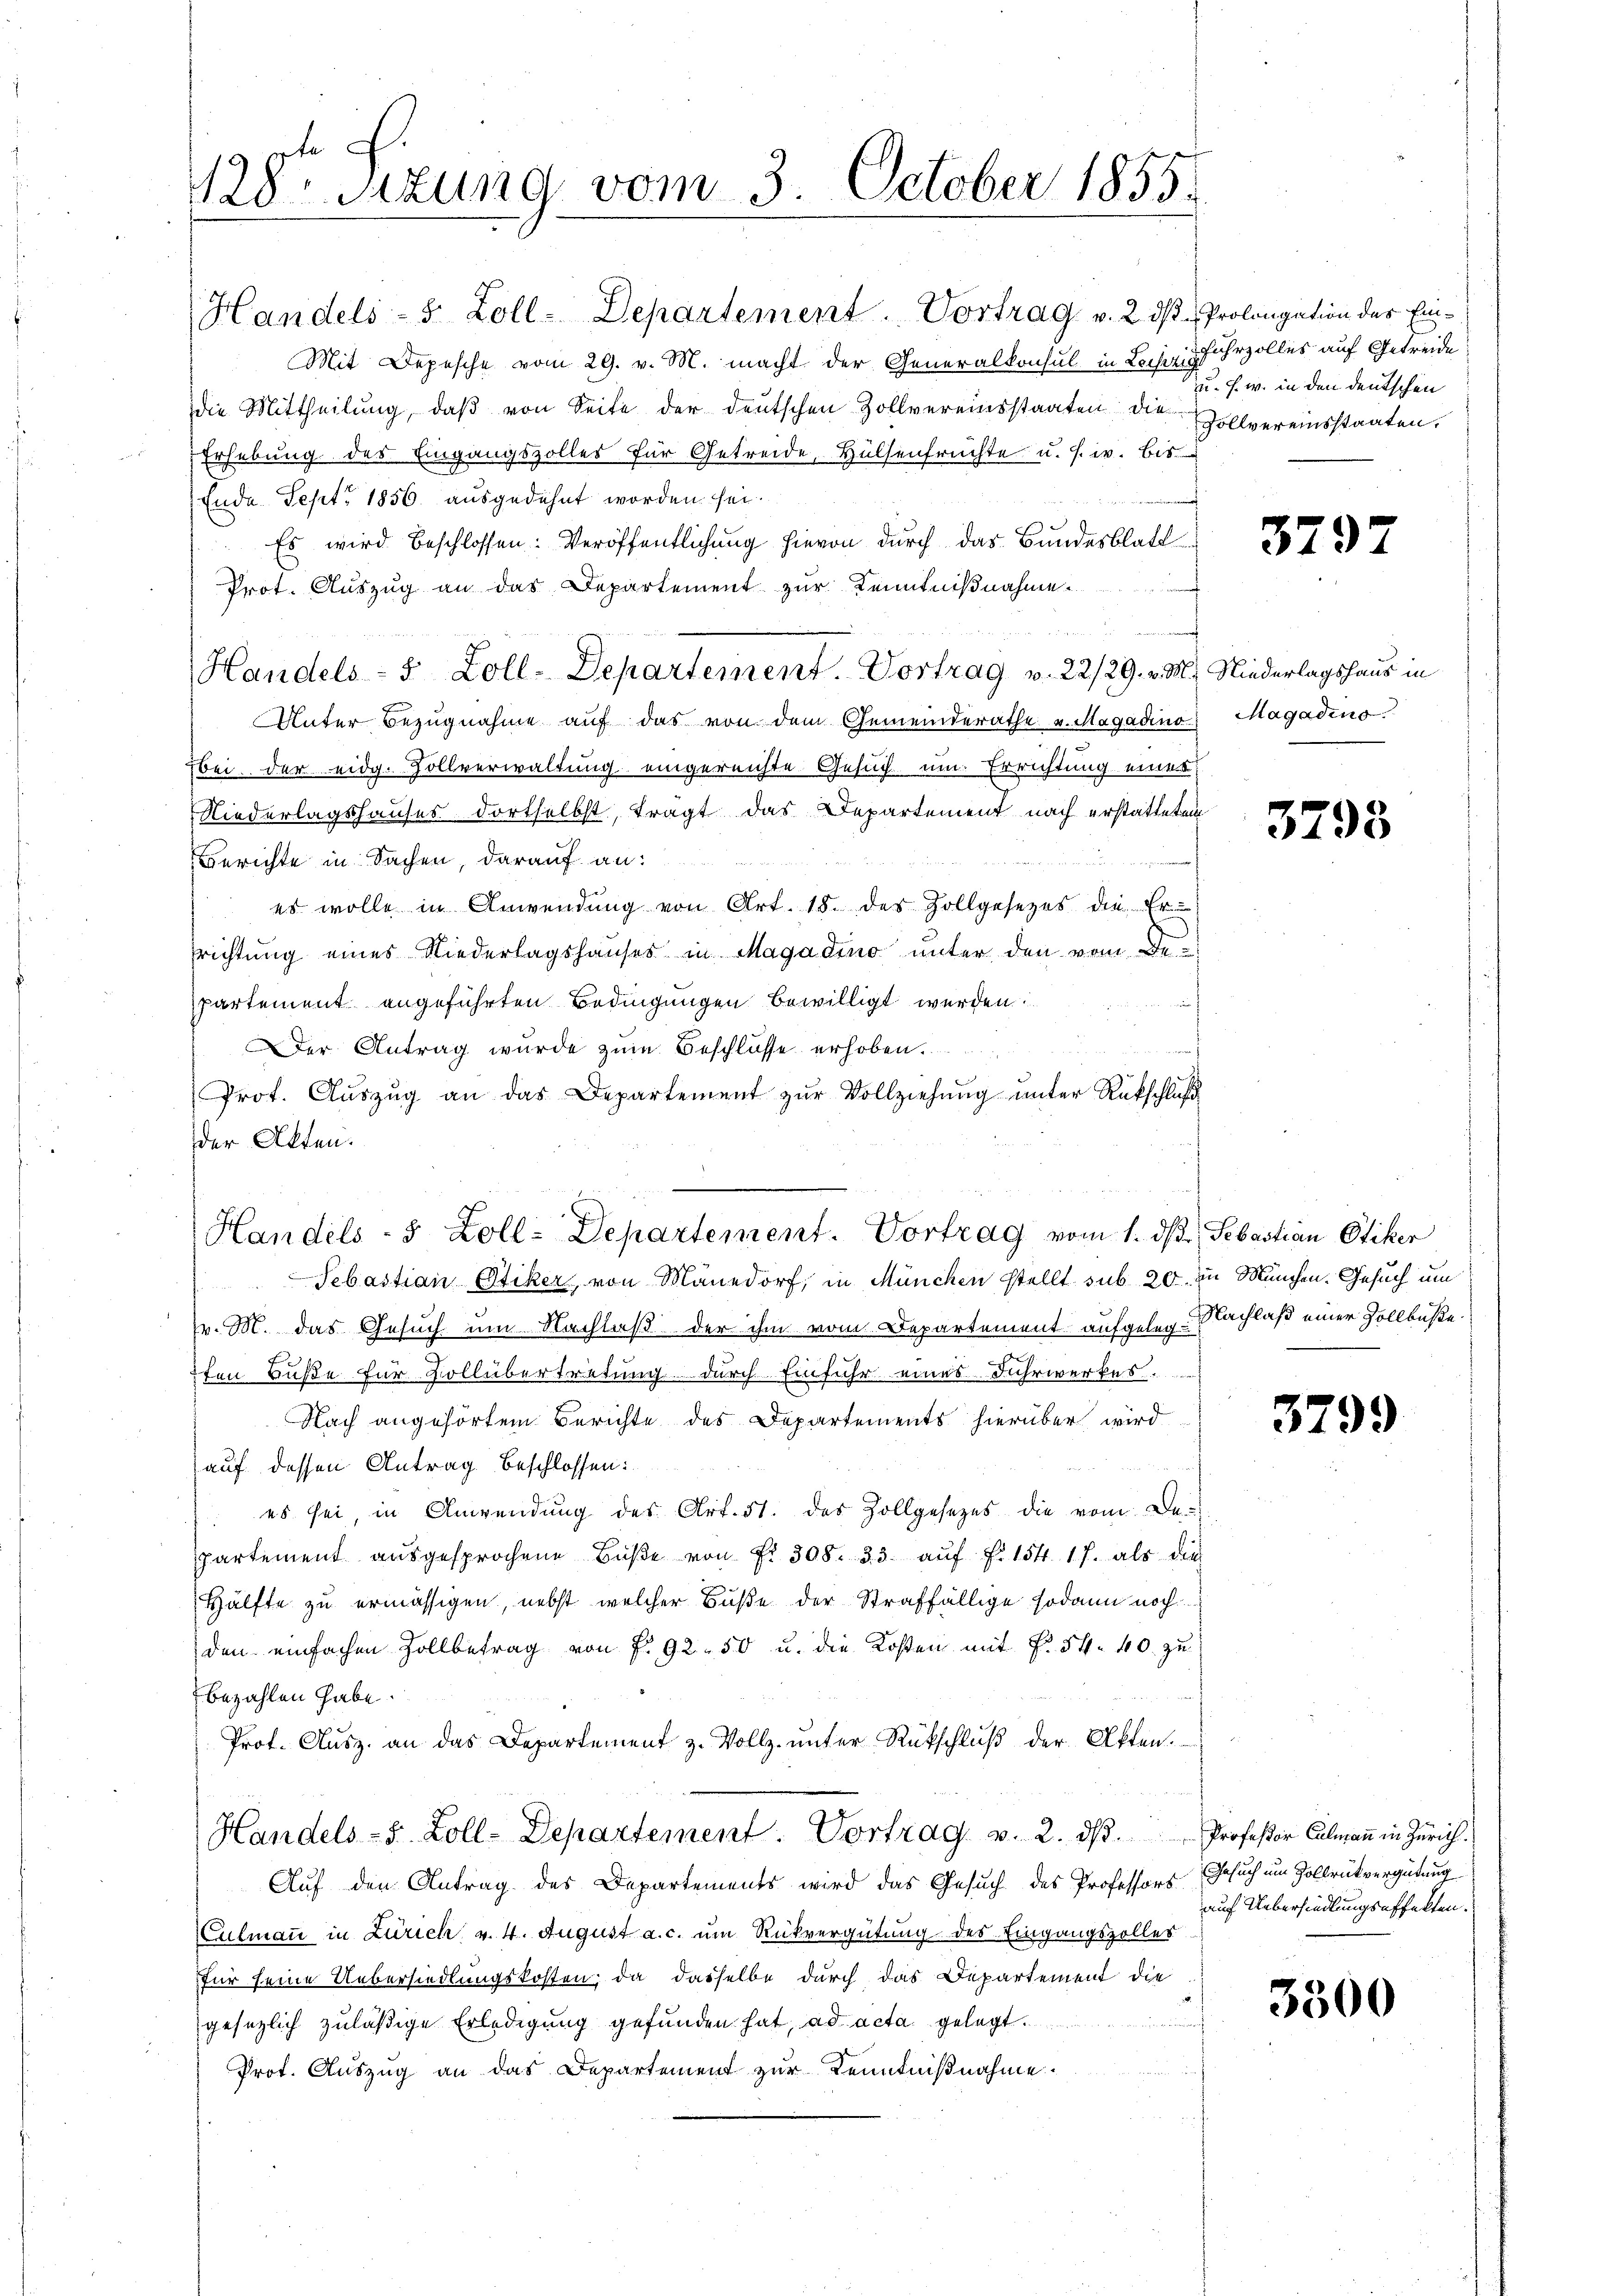
428 Sezung vom 3. October 1855.

Handels- 5 Zoll-Departement. Vortrag v. 2. ds Prolongation des Ein¬
Mit Depesche vom 29. v. M. macht der Generalkonsul in Lochen. Ich hrzolles auf Getreide
die Mittheilŭng, daβ von Seite der deutschen Zollvereinsstaaten die Zollvereinsstaaten.
Erhebung des Eingangszolles für Getreide, Hülsenfrüchte u. s. w. bis
Ende Sept. 1856. ausgedehnt worden sei.
Es wird beschlossen: Veröffentlichung hievon durch das Bundesblatt
Prot. Auszug an das Departement zur Kenntnißnahme.
un
Handels- 5 Zoll-Departement. Vortrag v. 22/29. v. M. Niederlagshaus in
Unter Bezugnahme auf das von dem Gemeinderathe u. Magadino Magadino
bei der eidg. Zollverwaltung eingereichte Gesuch um Errichtung einer
Niederlagshauses dortselbst, tragt das Departement nach erstatteten
Berichte in Sachen, darauf an:
es wolle in Anwendŭng von Art. 18. des Zollgesezes die Er
richtung eines Niederlagshauses in Magadino unter den vom De
partement angeführten Bedingungen bewilligt werden.
Der Antrag wurde zum Beschlüsse erhoben.
Prof. Aŭszŭg an das Departement zŭr Vollziehŭng ŭnter Rückschluß
der Akten.
Sebastian Ötiker, von Mänedorf, in München stellt sub 20. in München. Gesuch um
(v. M. das Gesuch um Nachlaß der ihm vom Departement aufgeleg. Nachlaß einer Vollbüße
7ten Buße für Vollübertretung durch Einfuhr eines Fuhrwerkes.
Nach angehörtem Berichte des Departements hierüber wird
auf dessen Antrag beschlossen:
es sei in Anwendung des Art. 51. das Zollgesetzes die vom De-
partement aŭsgesprochene Bŭβe von Fr. 308. 33. aŭf f. 154. 17. als die
Hälfte zu ermässigen, nebst welcher Buße der Straffällige sodann noch
den einfachen Zollbetrag von P. 92. 50 u. die Kosten mit Fr. 54. 40. zu
bezahlen habe.
Prot. Ausz. an das Departement z. Vollz. ŭnter Rückschlŭβ der Akten.
Handels- & Zoll-Departement. Vortrag v. 2. dβ. Professor Culmann in Zürich.
Auf den Antrag des Departements wird das Gesuch des Professors Gesuch um Zollrükvergütung
Culmann in Zürich v. 4. August a. c. um Rückvergütung des Eingangszolles
für seine Uebersiedlungskosten; da dasselbe durch das Departement die
gesezlich zuläßige Erledigung gefunden hat, ad acta gelegt.
i
Prof. Auszug an das Departement zur Kenntnißnahme.

Handels- 5 Zoll-Departement. Vortrag vom 1. dβ Sebastian Otiker

u. s. w. in den deutschen

379

3798

3799

auf Uebersiedlungsoffelten.

3300